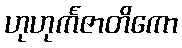
ဟုဟုင်္ကဇာတိကော